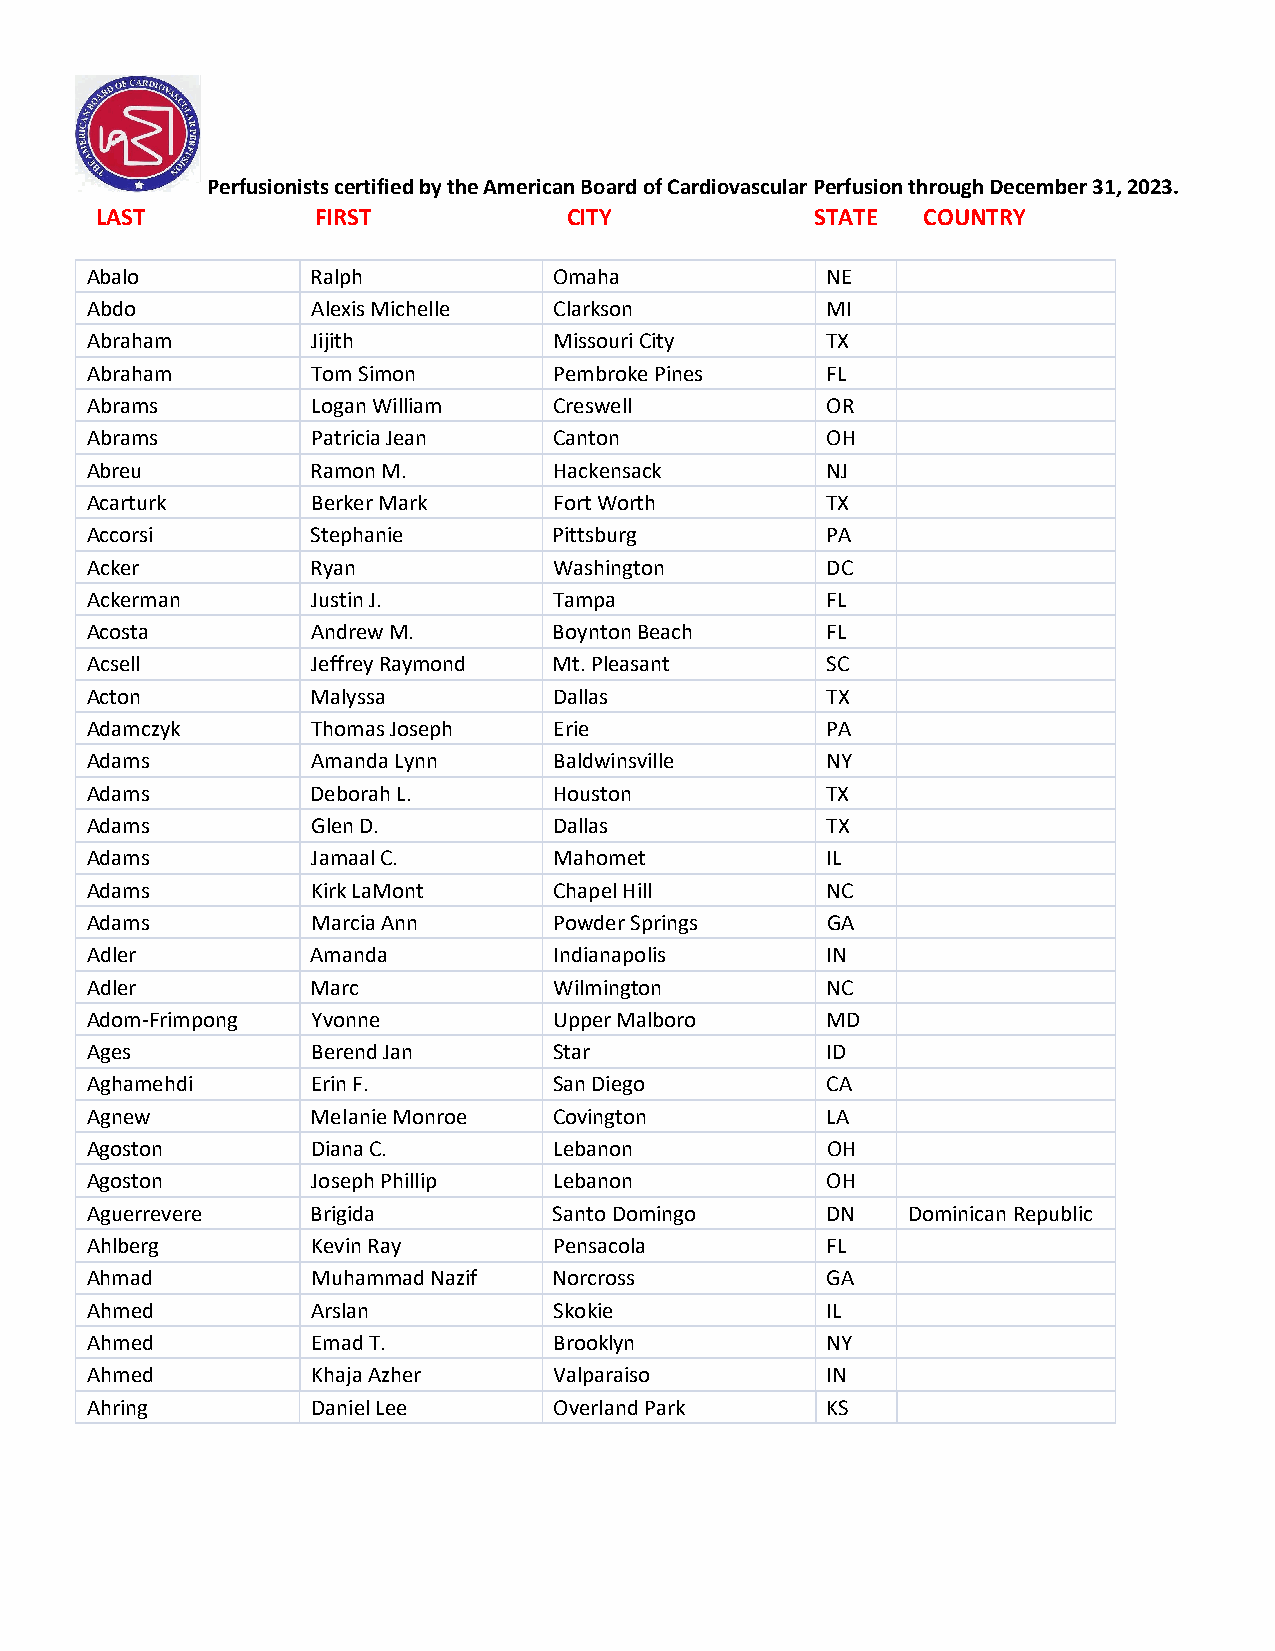
Perfusionists certified by the American Board of Cardiovascular Perfusion through December 31, 2023.
 LAST           FIRST            CITY            STATE  COUNTRY
 Abalo          Ralph           Omaha             NE
 Abdo           Alexis Michelle Clarkson          MI
 Abraham        Jijith          Missouri City     TX
 Abraham        Tom Simon       Pembroke Pines    FL
 Abrams         Logan William   Creswell          OR
 Abrams         Patricia Jean   Canton            OH
 Abreu          Ramon M.        Hackensack        NJ
 Acarturk       Berker Mark     Fort Worth        TX
 Accorsi        Stephanie       Pittsburg         PA
 Acker          Ryan            Washington        DC
 Ackerman       Justin J.       Tampa             FL
 Acosta         Andrew M.       Boynton Beach     FL
 Acsell         Jeffrey Raymond Mt. Pleasant      SC
 Acton          Malyssa         Dallas            TX
 Adamczyk       Thomas Joseph   Erie              PA
 Adams          Amanda Lynn     Baldwinsville     NY
 Adams          Deborah L.      Houston           TX
 Adams          Glen D.         Dallas            TX
 Adams          Jamaal C.       Mahomet           IL
 Adams          Kirk LaMont     Chapel Hill       NC
 Adams          Marcia Ann      Powder Springs    GA
 Adler          Amanda          Indianapolis      IN
 Adler          Marc            Wilmington        NC
 Adom-Frimpong  Yvonne          Upper Malboro     MD
 Ages           Berend Jan      Star              ID
 Aghamehdi      Erin F.         San Diego         CA
 Agnew          Melanie Monroe  Covington         LA
 Agoston        Diana C.        Lebanon           OH
 Agoston        Joseph Phillip  Lebanon           OH
 Aguerrevere    Brigida         Santo Domingo     DN   Dominican Republic
 Ahlberg        Kevin Ray       Pensacola         FL
 Ahmad          Muhammad Nazif  Norcross          GA
 Ahmed          Arslan          Skokie            IL
 Ahmed          Emad T.         Brooklyn          NY
 Ahmed          Khaja Azher     Valparaiso        IN
 Ahring         Daniel Lee      Overland Park     KS